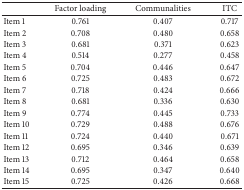
<table><thead><tr><td><b> </b></td><td><b>Factor loading</b></td><td><b>Communalities</b></td><td><b>ITC</b></td></tr></thead><tbody><tr><td>Item 1</td><td>0.761</td><td>0.407</td><td>0.717</td></tr><tr><td>Item 2</td><td>0.708</td><td>0.480</td><td>0.658</td></tr><tr><td>Item 3</td><td>0.681</td><td>0.371</td><td>0.623</td></tr><tr><td>Item 4</td><td>0.514</td><td>0.277</td><td>0.458</td></tr><tr><td>Item 5</td><td>0.704</td><td>0.446</td><td>0.647</td></tr><tr><td>Item 6</td><td>0.725</td><td>0.483</td><td>0.672</td></tr><tr><td>Item 7</td><td>0.718</td><td>0.424</td><td>0.666</td></tr><tr><td>Item 8</td><td>0.681</td><td>0.336</td><td>0.630</td></tr><tr><td>Item 9</td><td>0.774</td><td>0.445</td><td>0.733</td></tr><tr><td>Item 10</td><td>0.729</td><td>0.488</td><td>0.676</td></tr><tr><td>Item 11</td><td>0.724</td><td>0.440</td><td>0.671</td></tr><tr><td>Item 12</td><td>0.695</td><td>0.346</td><td>0.639</td></tr><tr><td>Item 13</td><td>0.712</td><td>0.464</td><td>0.658</td></tr><tr><td>Item 14</td><td>0.695</td><td>0.347</td><td>0.640</td></tr><tr><td>Item 15</td><td>0.725</td><td>0.426</td><td>0.668</td></tr></tbody></table>